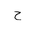
Letter: _ha